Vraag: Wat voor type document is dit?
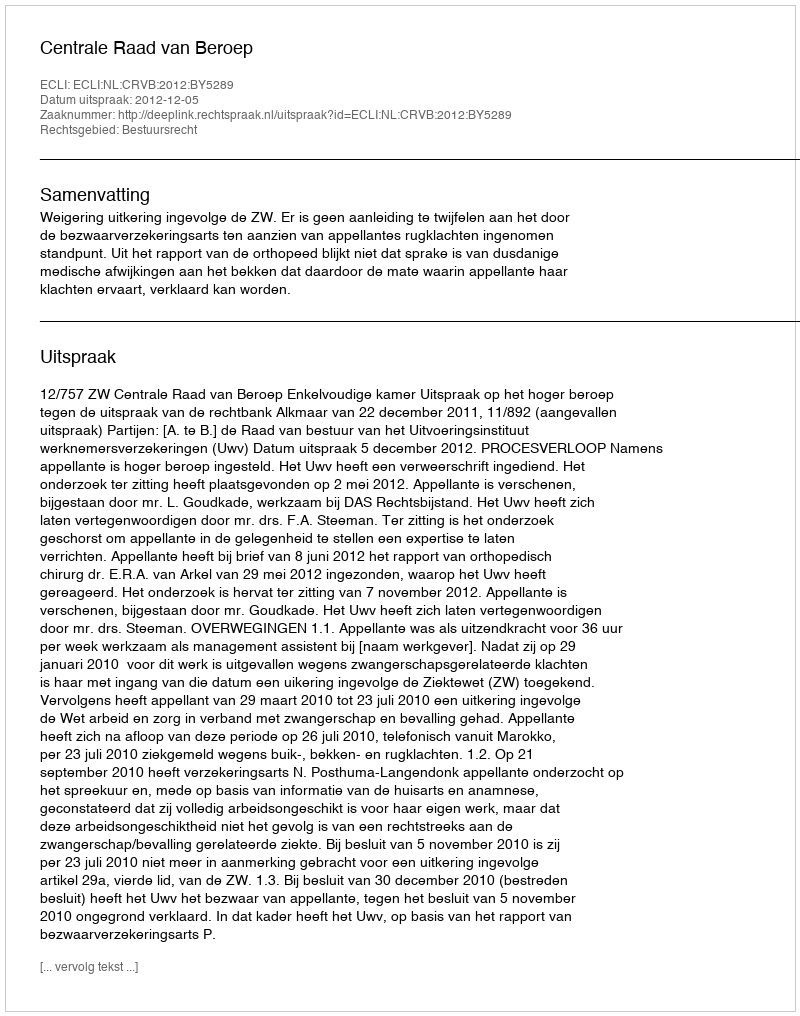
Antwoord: Uitspraak